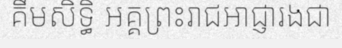
គឹមសិទ្ធិ អគ្គព្រះរាជអាជ្ញារងជា